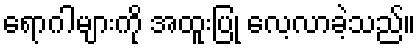
ရောဂါများကို အထူးပြု လေ့လာခဲ့သည်။